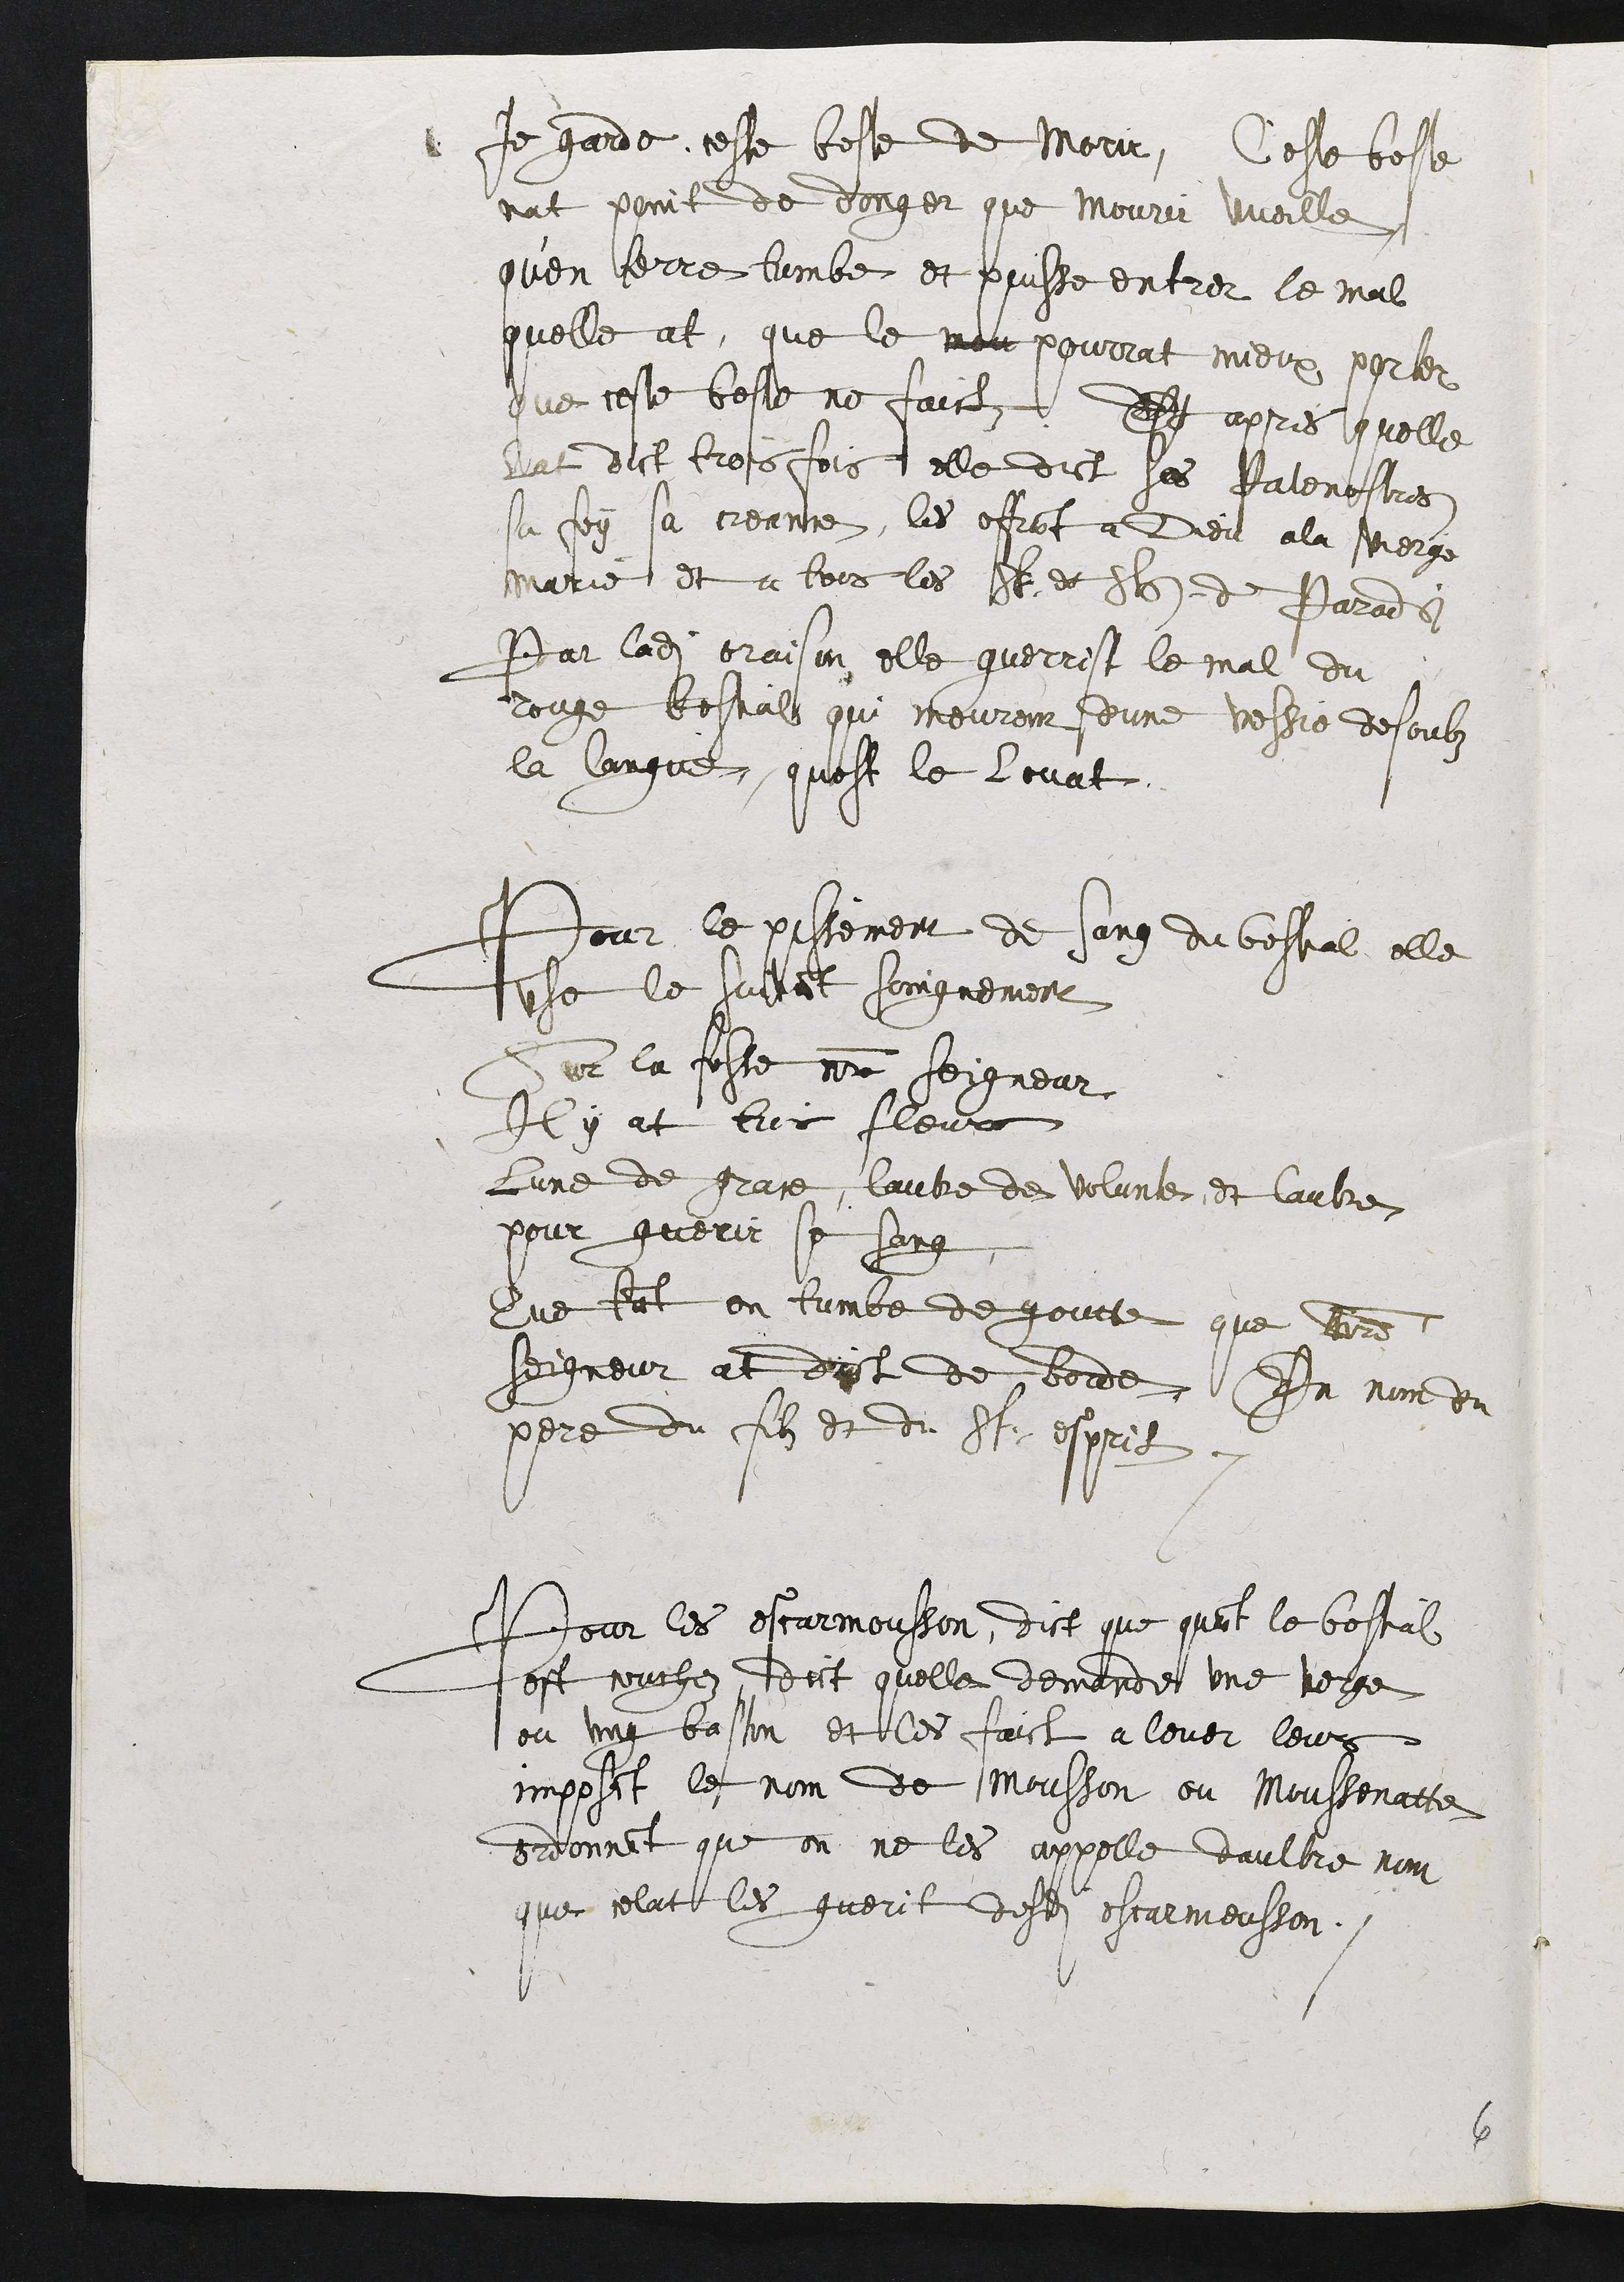
Je garde ceste beste de Morir, Ceste beste
nat point de donger que mourir aueille
quen terre tombe et puisse entrer le mal
quelle at, que le mon pourrat mieux parter
que ceste beste ne faict Et apres quelle
lat dit tross fois elle dict se Parenostre
sa foy sa creante, les effrant a Dieu a la Pierce
marie et a tous les St es St de Parad
Par ladite craison elle guerrist le mal du
rouge bestials qui meurent dune vessie desoubz
la langue quost le lovat
Pour le pissement de sung du bestial, elle
use le suivant soingnement
Sur la feste nor seigneur
Il y at trois fleurs
lune de grace, lautre de volunte, et lautre
pour guerir se song
Que tant en tumée de goutte que laitre
seigneur at dict de borde, En nom du
pere du filz et du St espris.
Pour les escarmousson, dict que quant le bestial
est couchez, dict quelle demande une verge
ou ung baston et les faict a lever leurs
imposant le nom de Mousson ou Moustenatte
ordonnant que on ne les appelle daultre nom
que celat les guerit desdits escarmeusson.